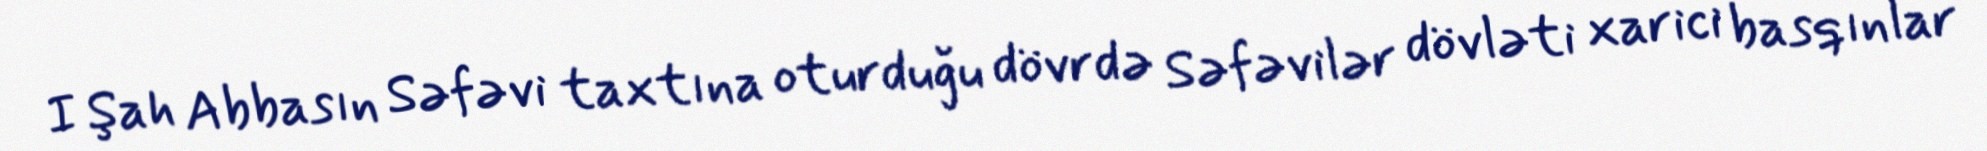
I Şah Abbasın Səfəvi taxtına oturduğu dövrdə Səfəvilər dövləti xarici basqınlar